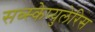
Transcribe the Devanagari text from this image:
सब्स्केप्युलेरिस